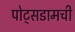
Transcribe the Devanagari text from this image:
पोट्सडामची